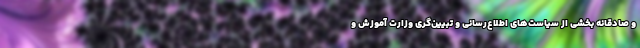
و صادقانه بخشی از سیاست‌های اطلاع‌رسانی و تبیین‌گری وزارت آموزش و